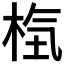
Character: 𣒻